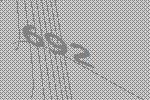
692